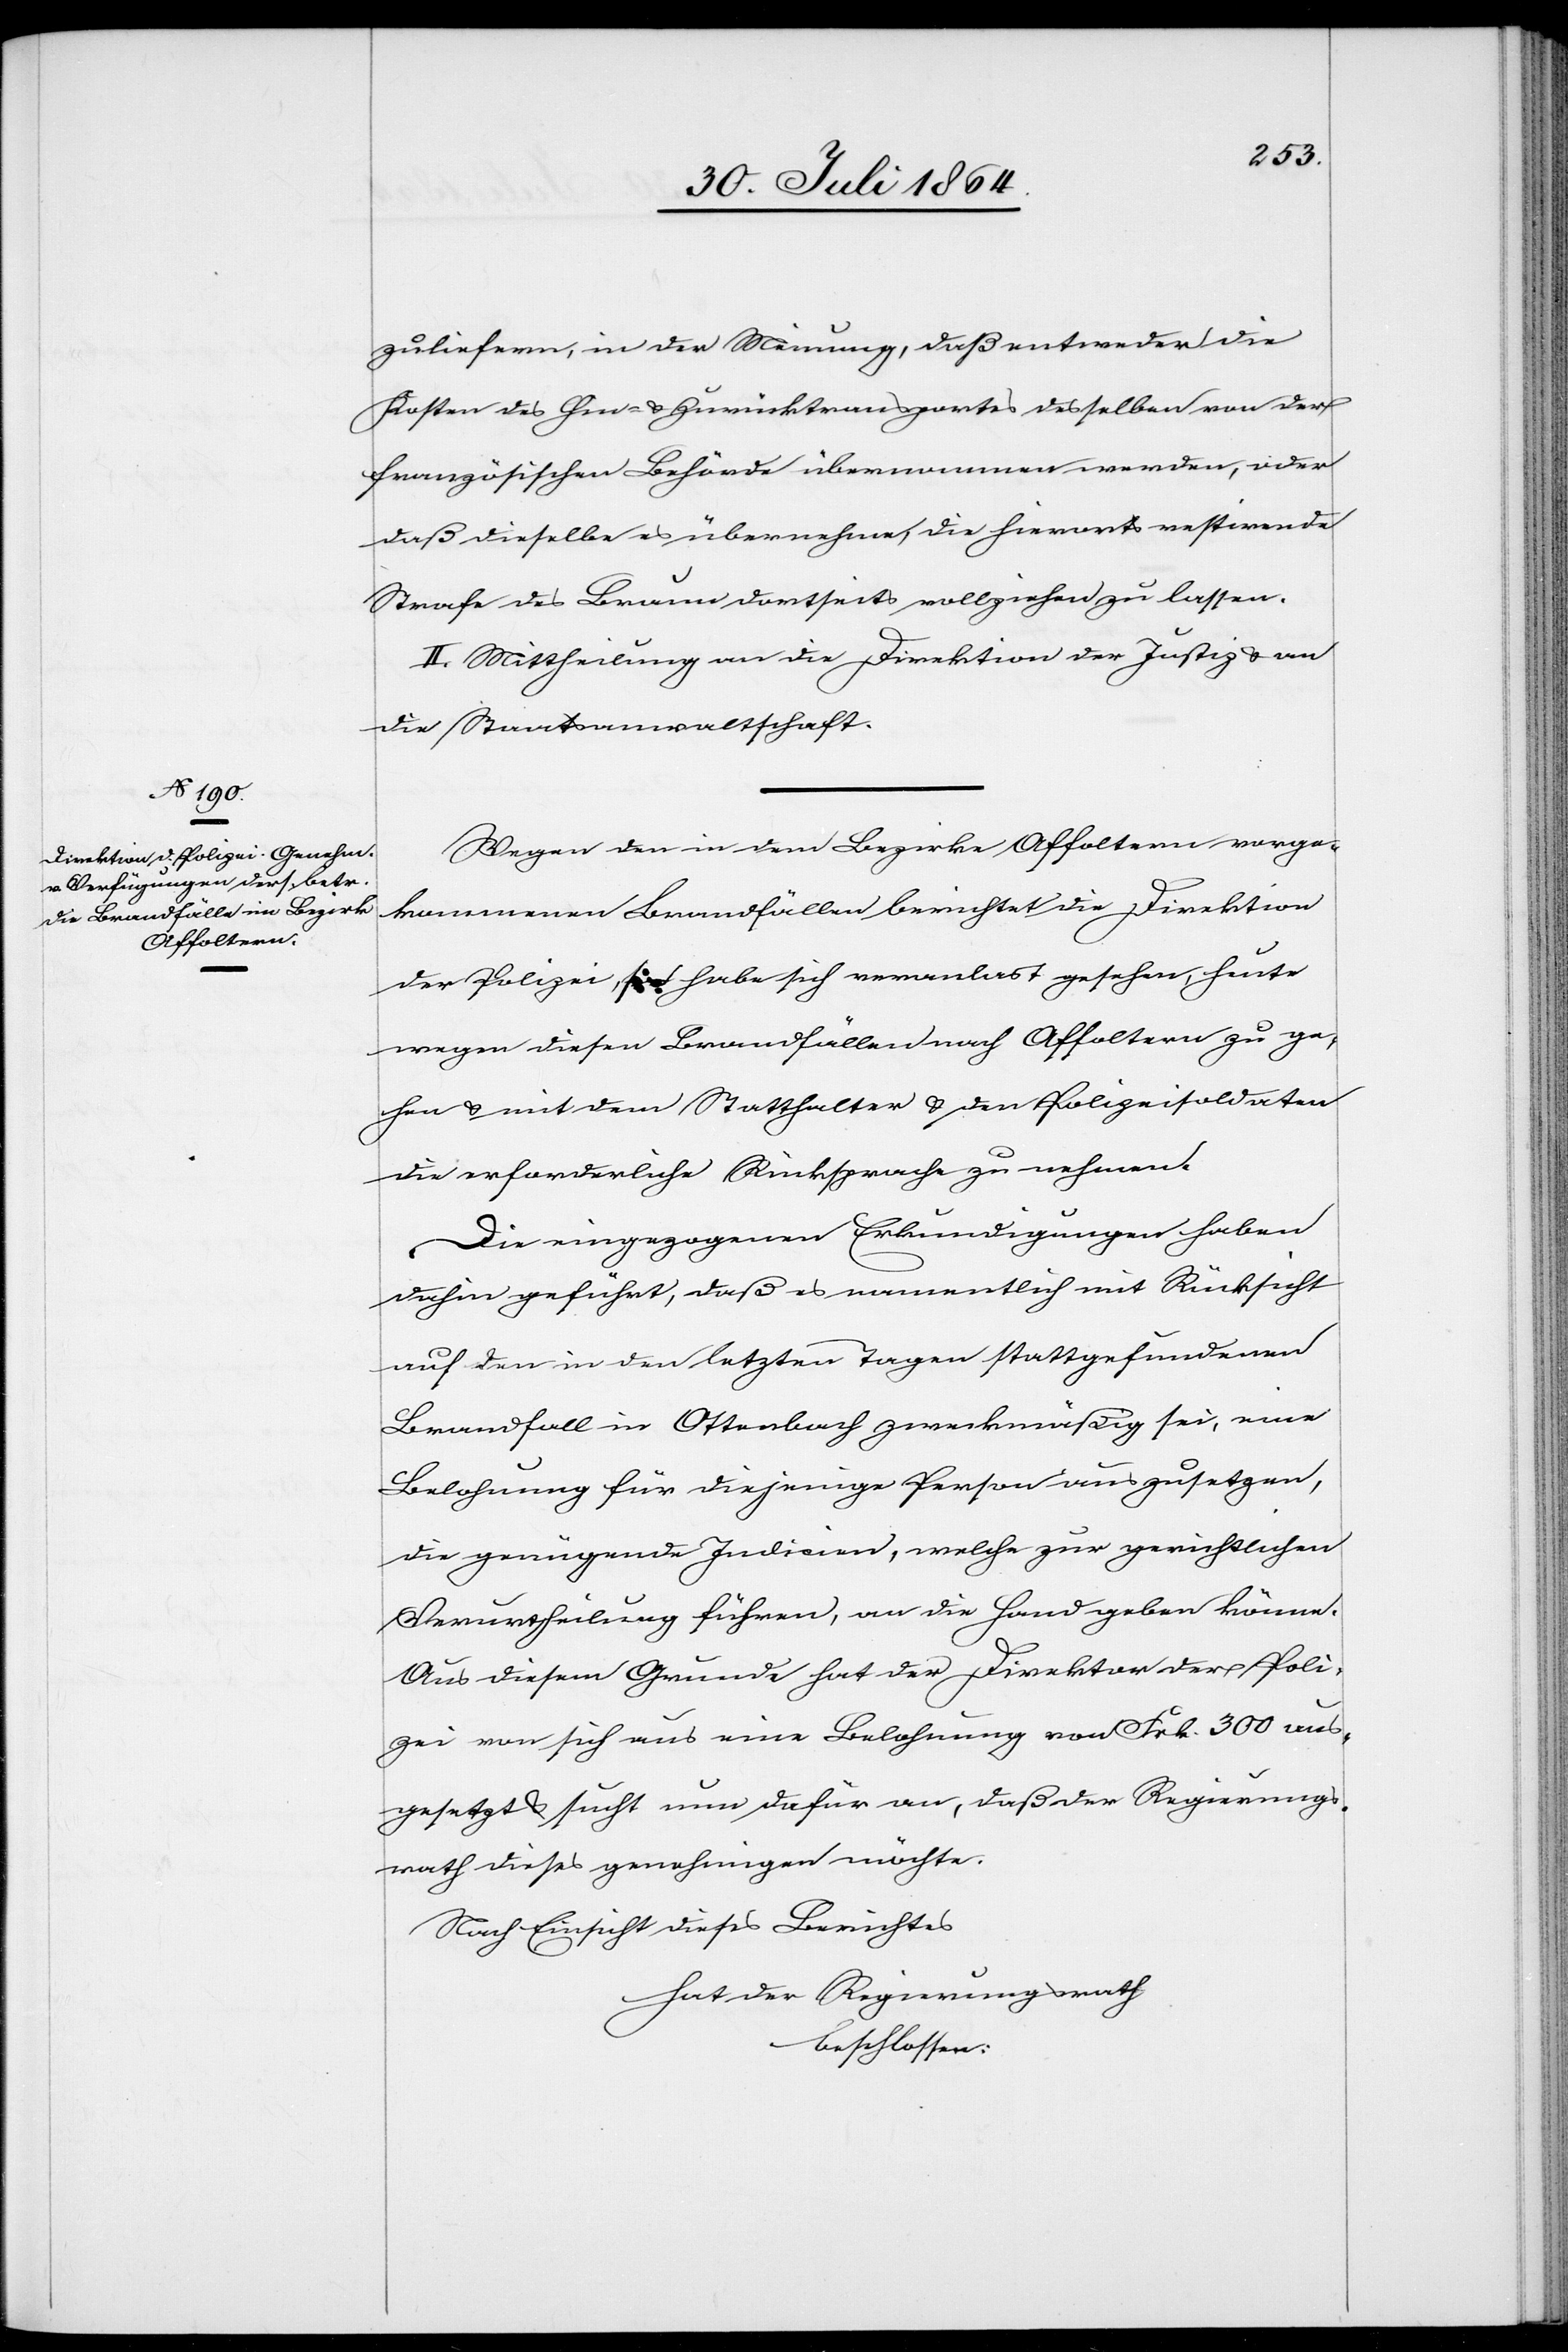
zuliefern, in der Meinung, daß entweder die
Kosten des Hin- & Zurücktransportes desselben von der
französischen Behörde übernommen werden, oder
daß dieselbe es übernehme, die hierorts restirende
Strafe des Braun dortseits vollziehen zu lassen.
II. Mittheilung an die Direktion der Justiz & an
die Staatsanwaltschaft.
Wegen den in dem Bezirke Affoltern vorge¬
kommenen Brandfällen berichtet die Direktion
der Polizei, sie habe sich veranlas[s]t gesehen, heute
wegen diesen Brandfällen nach Affoltern zu ge¬
hen & mit dem Statthalter & den Polizeisoldaten
die erforderliche Rücksprache zu nehmen.
Die eingezogenen Erkundigungen haben
dahin geführt, daß es namentlich mit Rücksicht
auf den in den letzten Tagen stattgefundenen
Brandfall in Ottenbach zweckmäßig sei, eine
Belohnung für diejenige Person auszusetzen,
die genügende Indicien, welche zur gerichtlichen
Verurteilung führen, an die Hand geben könne.
Aus diesem Grunde hat der Direktor der Poli¬
zei von sich aus eine Belohnung von Frk. 300 aus¬
gesetzt & sucht nun dafür an, daß der Regierungs¬
rath dieses genehmigen möchte.
Nach Einsicht dieses Berichtes
hat der Regierungsrath
beschlossen: